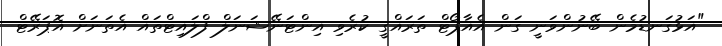
"އަޅުގަނޑުމެން ބޭނުންވަނީ ގަން އެއާޕޯޓް ތަރައްގީ ކުރެވި އިންޓަނޭޝަނަލް ފްލައިޓްތައް އެތަނަށް އޮޕަރޭޓް